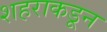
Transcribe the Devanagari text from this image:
शहराकडून